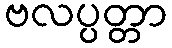
ဗလပ္ပတ္တာ